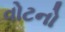
વોટનો